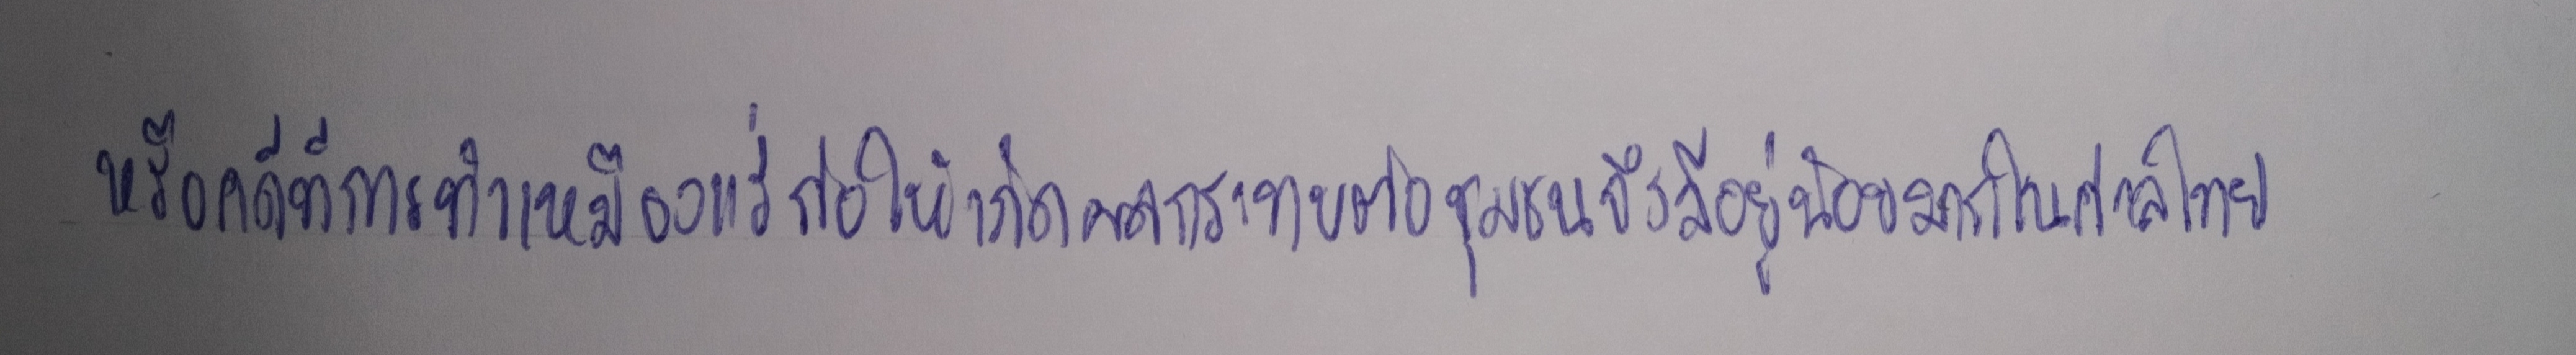
หรือคดีที่การทำเหมืองแร่ก่อให้เกิดผลกระทบต่อชุมชนจึงมีอยู่น้อยมากในศาลไทย